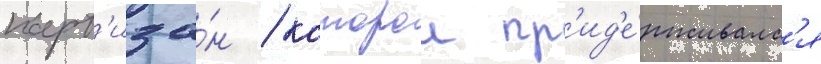
парт'иза́н / которои пр'ид'е́рживалс'я